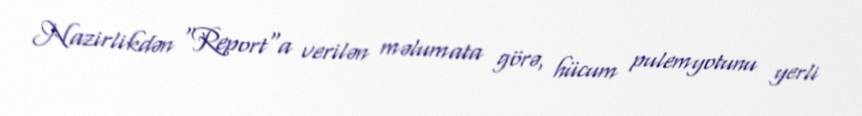
Nazirlikdən "Report"a verilən məlumata görə, hücum pulemyotunu yerli